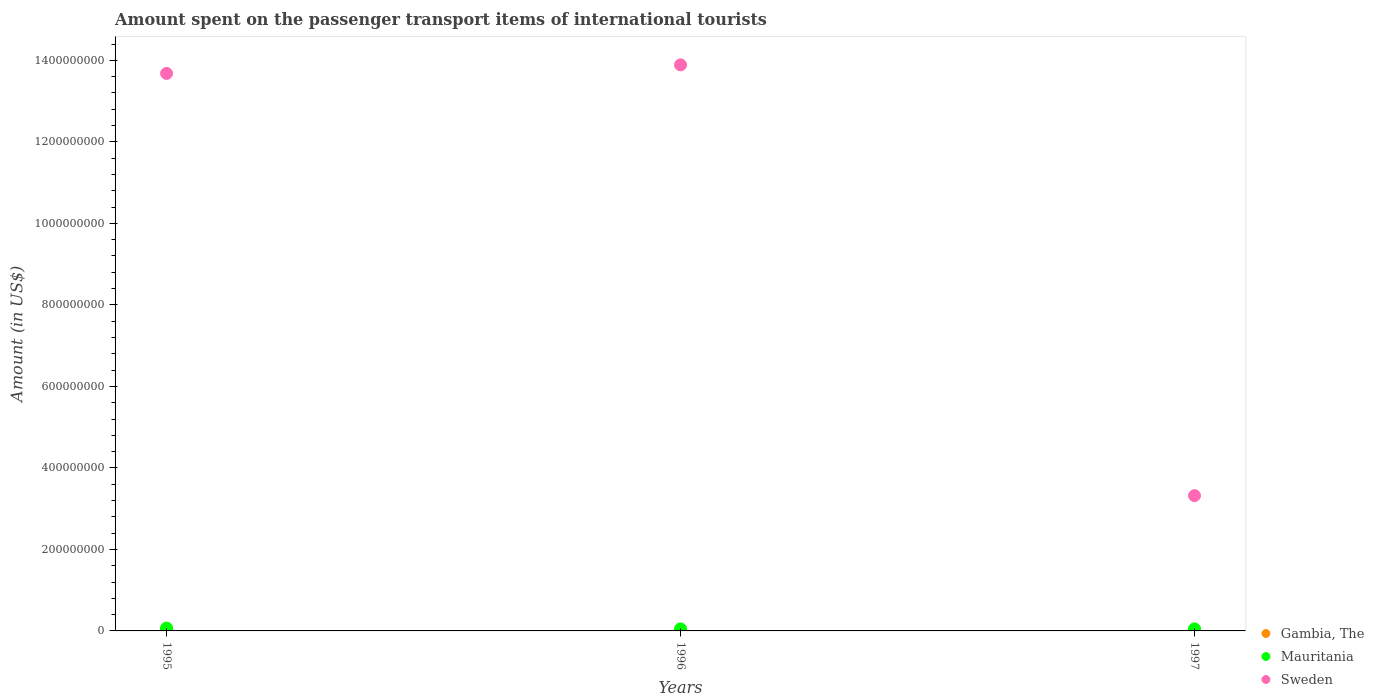
| Years | Gambia, The | Mauritania | Sweden |
 | --- | --- | --- | --- |
 | 1995 | 2e+06 | 7e+06 | 1.37e+09 |
 | 1996 | 5e+05 | 5e+06 | 1.39e+09 |
 | 1997 | 1e+06 | 5e+06 | 3.32e+08 |